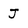
Character: J